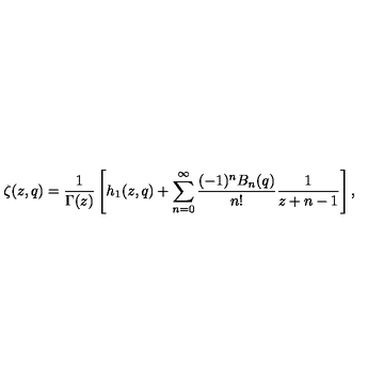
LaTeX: \zeta ( z , q ) = \frac 1 { \Gamma ( z ) } \left[ h _ { 1 } ( z , q ) + \sum _ { n = 0 } ^ { \infty } \frac { ( - 1 ) ^ { n } B _ { n } ( q ) } { n ! } \frac 1 { z + n - 1 } \right] ,